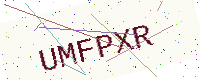
Text: UMFPXR